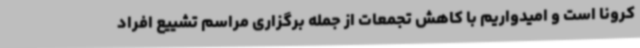
کرونا است و امیدواریم با کاهش تجمعات از جمله برگزاری مراسم تشییع افراد